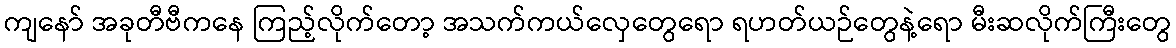
ကျနော် အခုတီဗီကနေ ကြည့်လိုက်တော့ အသက်ကယ်လှေတွေရော ရဟတ်ယဉ်တွေနဲ့ရော မီးဆလိုက်ကြီးတွေ